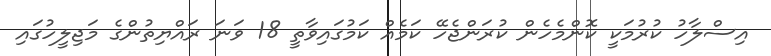
އިސްލާހު ކުރުމަކީ ކޮންމެހެން ކުރަންޖެހޭ ކަމެއް ކަމުގައިވާތީ 18 ވަނަ ރައްޔިތުންގެ މަޖިލީހުގައި